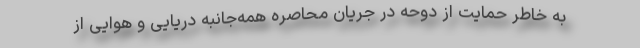
به خاطر حمایت از دوحه در جریان محاصره همه‌جانبه دریایی و هوایی از